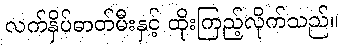
လက်နှိပ်ဓာတ်မီးနှင့် ထိုးကြည့်လိုက်သည်။